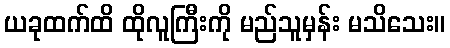
ယခုထက်ထိ ထိုလူကြီးကို မည်သူမှန်း မသိသေး။